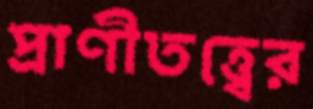
প্রাণীতত্ত্বের